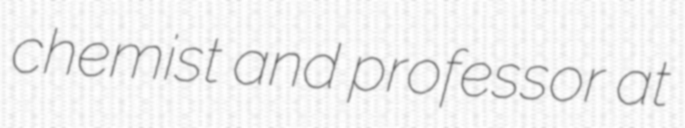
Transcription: chemist and professor at